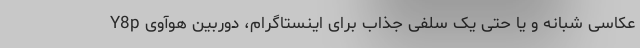
عکاسی شبانه و یا حتی یک سلفی جذاب برای اینستاگرام، دوربین هوآوی Y8p